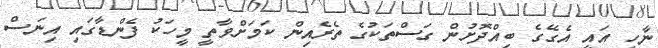
ނާހީ އައީ އެގޭގެ ބިއްދޮށުން ގަސްތަކުގެ ތެރެއިން ކަމަށްވާތީ މީހަކު ފެންޑާގައި އިނަސް